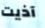
آذيت